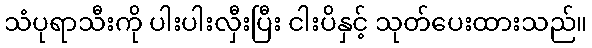
သံပုရာသီးကို ပါးပါးလှီးပြီး ငါးပိနှင့် သုတ်ပေးထားသည်။